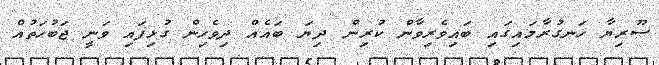
ސޫރިޔާ ހަނގުރާމައިގައި ބައިވެރިވާން ކުރިން ދިޔަ ބައެއް ދިވެހިން ގުޅިފައި ވަނީ ޖަބުހަތުއް